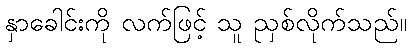
နှာခေါင်းကို လက်ဖြင့် သူ ညှစ်လိုက်သည်။